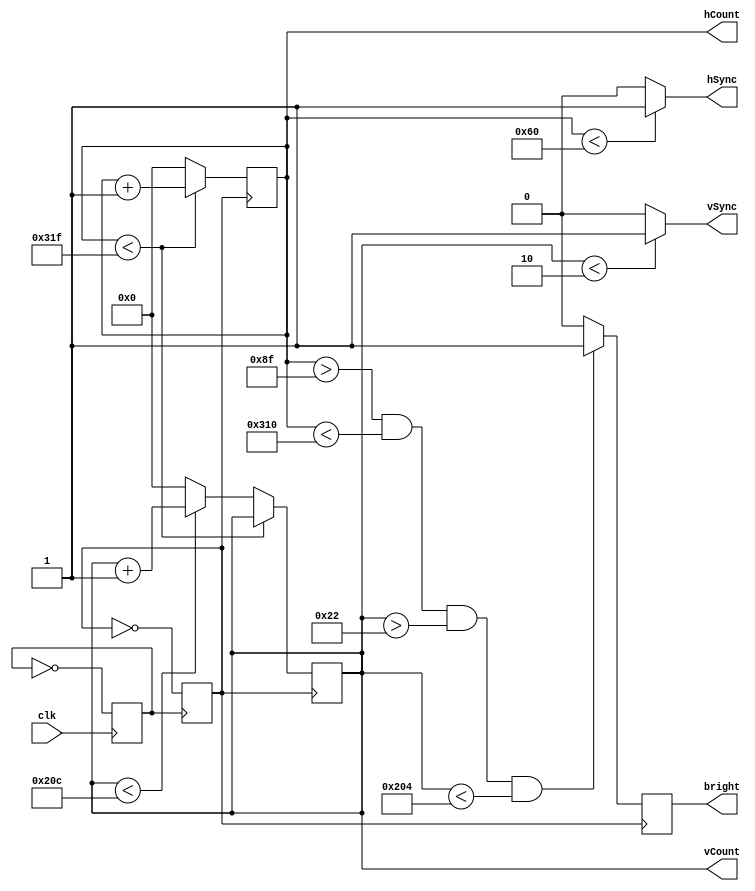
`timescale 1ns / 1ps
//////////////////////////////////////////////////////////////////////////////////
// Module Name:    DisplayController 
// Project Name:   Puvvada_Says EE354 Final Project
// Target Devices: 
// Tool versions: 
// Description: 
//
// Dependencies: 
//
// Revision: 
// Revision 0.01 - File Created

// Additional Comments:  https://learn.digilentinc.com/Documents/269
// - Use Bahavioural Modelling (always, initial)
// - Use the Following: clock divider, two counters(horizontal counter, vertical
// counter), 
//////////////////////////////////////////////////////////////////////////////////
module display_controller(
	input clk,
	output hSync, vSync,
	output reg bright,
	output reg[9:0] hCount, 
	output reg [9:0] vCount // Covers 800, width of the screen, because it's 2^10
	);
	
	reg pulse;
	reg clk25;
	
	initial begin // Set all of them initially to 0
		clk25 = 0;
		pulse = 0;
	end
	
	always @(posedge clk)
		pulse = ~pulse;
	always @(posedge pulse)
		clk25 = ~clk25;
		
	always @ (posedge clk25)
		begin
		if (hCount < 10'd799)
			begin
			hCount <= hCount + 1;
			end
		else if (vCount < 10'd524)
			begin
			hCount <= 0;
			vCount <= vCount + 1;
			end
		else
			begin
			hCount <= 0;
			vCount <= 0;
			end
		end
		
	assign hSync = (hCount < 96) ? 1:0;
	assign vSync = (vCount < 2) ? 1:0;
		
	always @(posedge clk25)
		begin
		if(hCount > 10'd143 && hCount < 10'd784 && vCount > 10'd34 && vCount < 10'd516)
			bright <= 1;
		else
			bright <= 0;
		end	
		
endmodule